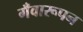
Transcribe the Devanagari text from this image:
गँवारूपन